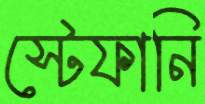
স্টেফানি